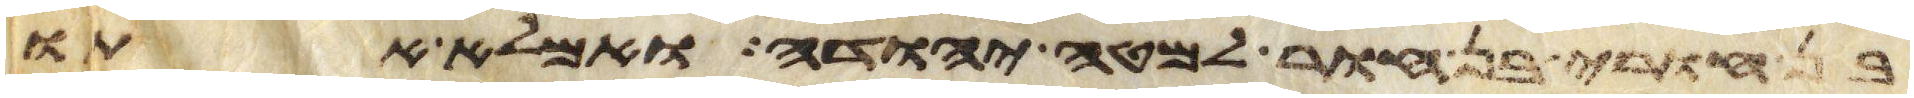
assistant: בן חורי בן חור למטה יהודה ואמלא אתו